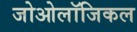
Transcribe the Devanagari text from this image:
जोओलॉजिकल